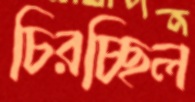
চিরচ্ছিল